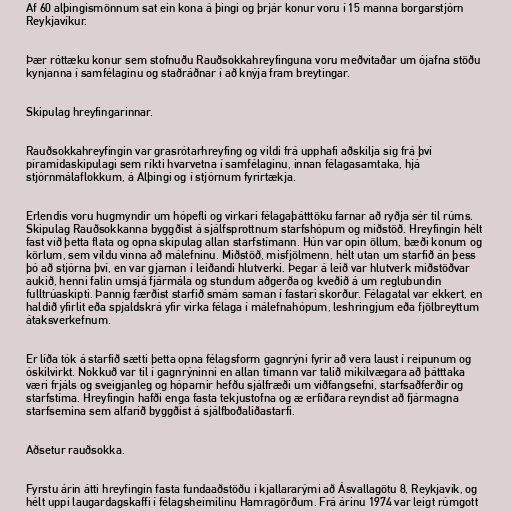
Af 60 alþingismönnum sat ein kona á þingi og þrjár konur voru í 15 manna borgarstjórn
Reykjavíkur.

Þær róttæku konur sem stofnuðu Rauðsokkahreyfinguna voru meðvitaðar um ójafna stöðu
kynjanna í samfélaginu og staðráðnar í að knýja fram breytingar.

Skipulag hreyfingarinnar.

Rauðsokkahreyfingin var grasrótarhreyfing og vildi frá upphafi aðskilja sig frá því
píramídaskipulagi sem ríkti hvarvetna í samfélaginu, innan félagasamtaka, hjá
stjórnmálaflokkum, á Alþingi og í stjórnum fyrirtækja.

Erlendis voru hugmyndir um hópefli og virkari félagaþátttöku farnar að ryðja sér til rúms.
Skipulag Rauðsokkanna byggðist á sjálfsprottnum starfshópum og miðstöð. Hreyfingin hélt
fast við þetta flata og opna skipulag allan starfstímann. Hún var opin öllum, bæði konum og
körlum, sem vildu vinna að málefninu. Miðstöð, misfjölmenn, hélt utan um starfið án þess
þó að stjórna því, en var gjarnan í leiðandi hlutverki. Þegar á leið var hlutverk miðstöðvar
aukið, henni falin umsjá fjármála og stundum aðgerða og kveðið á um reglubundin
fulltrúaskipti. Þannig færðist starfið smám saman í fastari skorður. Félagatal var ekkert, en
haldið yfirlit eða spjaldskrá yfir virka félaga í málefnahópum, leshringjum eða fjölbreyttum
átaksverkefnum.

Er líða tók á starfið sætti þetta opna félagsform gagnrýni fyrir að vera laust í reipunum og
óskilvirkt. Nokkuð var til í gagnrýninni en allan tímann var talið mikilvægara að þátttaka
væri frjáls og sveigjanleg og hóparnir hefðu sjálfræði um viðfangsefni, starfsaðferðir og
starfstíma. Hreyfingin hafði enga fasta tekjustofna og æ erfiðara reyndist að fjármagna
starfsemina sem alfarið byggðist á sjálfboðaliðastarfi.

Aðsetur rauðsokka.

Fyrstu árin átti hreyfingin fasta fundaaðstöðu í kjallararými að Ásvallagötu 8, Reykjavík, og
hélt uppi laugardagskaffi í félagsheimilinu Hamragörðum. Frá árinu 1974 var leigt rúmgott